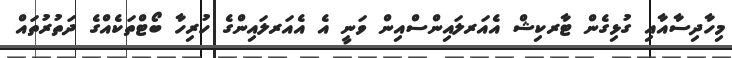
މިހާދިސާއާއި ގުޅިގެން ޓާރކިޝް އެއަރލައިންސްއިން ވަނީ އެ އެއަރލައިންގެ ހުރިހާ ބޯޓްތަކެއްގެ ދަތުރުތައް